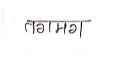
मजकूर: तगमग